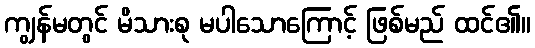
ကျွန်မတွင် မိသားစု မပါသောကြောင့် ဖြစ်မည် ထင်၏။